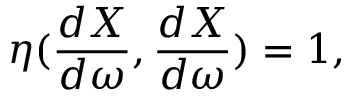
\eta ( \frac { d X } { d \omega } , \frac { d X } { d \omega } ) = 1 ,